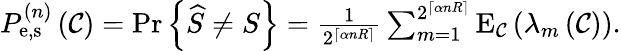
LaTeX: \begin{array}{r}{P_{{\mathrm{e,s}}}^{\left(n\right)}\left(\mathcal{C}\right)={\mathrm{Pr}}\left\{ {\widehat S\ne S}\right\} =\frac{1}{{{2^{\left\lceil{\alpha nR}\right\rceil}}}}\sum_{m=1}^{{2^{\left\lceil{\alpha nR}\right\rceil}}}{{{\mathrm{E}}_{\mathcal{C}}}\left({{\lambda_{m}}\left(\mathcal{C}\right)}\right)}.}\end{array}